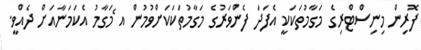
ފޮރިން މިނިސްޓްރިގެ މަގާމުތަކަކީ އެފަދަ ފެންވަރުގެ މަގާމުތަކަކަށްވުމުން އ ެމަގާމު އެކަމަނާއަށް ދެއްވީ.